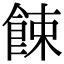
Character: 餗